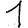
Digit: 1